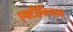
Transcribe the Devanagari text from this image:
एक्टीनियम